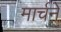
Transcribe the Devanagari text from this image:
मार्चने